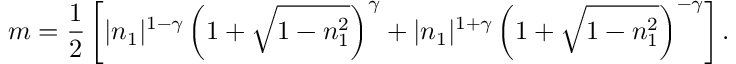
m = \frac { 1 } { 2 } \left[ | n _ { 1 } | ^ { 1 - \gamma } \left( 1 + \sqrt { 1 - n _ { 1 } ^ { 2 } } \right) ^ { \gamma } + | n _ { 1 } | ^ { 1 + \gamma } \left( 1 + \sqrt { 1 - n _ { 1 } ^ { 2 } } \right) ^ { - \gamma } \right] .